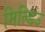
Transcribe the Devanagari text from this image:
मिल्डिउ